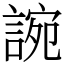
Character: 䛷